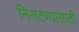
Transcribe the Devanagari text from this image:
निसटण्यासाठी